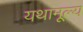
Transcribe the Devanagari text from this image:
यथामूल्य